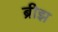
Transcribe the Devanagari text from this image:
ब्रीझ